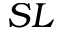
S L